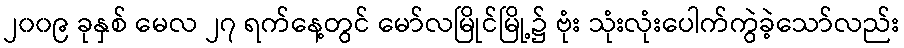
၂၀၀၉ ခုနှစ် မေလ ၂၇ ရက်နေ့တွင် မော်လမြိုင်မြို့၌ ဗုံး သုံးလုံးပေါက်ကွဲခဲ့သော်လည်း